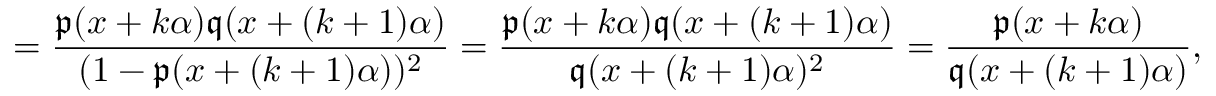
= \frac { \mathfrak { p } ( x + k \alpha ) \mathfrak { q } ( x + ( k + 1 ) \alpha ) } { ( 1 - \mathfrak { p } ( x + ( k + 1 ) \alpha ) ) ^ { 2 } } = \frac { \mathfrak { p } ( x + k \alpha ) \mathfrak { q } ( x + ( k + 1 ) \alpha ) } { \mathfrak { q } ( x + ( k + 1 ) \alpha ) ^ { 2 } } = \frac { \mathfrak { p } ( x + k \alpha ) } { \mathfrak { q } ( x + ( k + 1 ) \alpha ) } ,